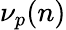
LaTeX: \nu_{p}(n)